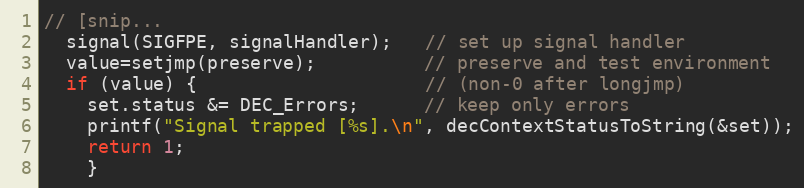
Language: C
// [snip...
  signal(SIGFPE, signalHandler);   // set up signal handler
  value=setjmp(preserve);          // preserve and test environment
  if (value) {                     // (non-0 after longjmp)
    set.status &= DEC_Errors;      // keep only errors
    printf("Signal trapped [%s].\n", decContextStatusToString(&set));
    return 1;
    }